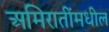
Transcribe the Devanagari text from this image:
अमिरातींमधील